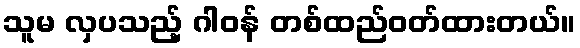
သူမ လှပသည့် ဂါဝန် တစ်ထည်ဝတ်ထားတယ်။